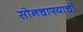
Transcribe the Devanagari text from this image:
सोनचाफ्याची